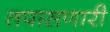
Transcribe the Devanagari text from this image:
तपासणारी